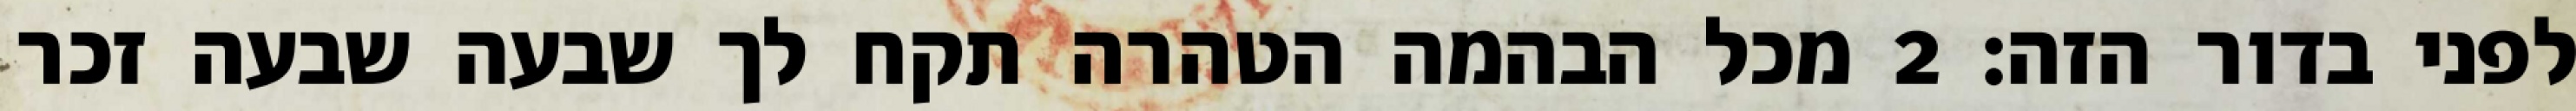
לפני בדור הזה׃ ‎2‏ מכל הבהמה הטהרה תקח לך שבעה שבעה זכר